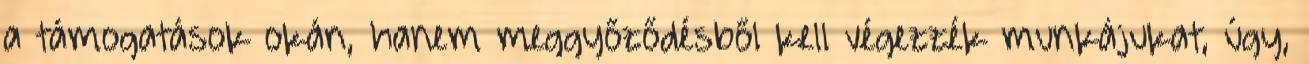
a támogatások okán, hanem meggyőződésből kell végezzék munkájukat, úgy,